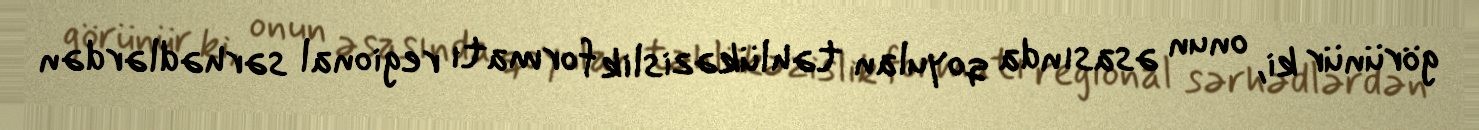
görünür ki, onun əsasında qoyulan təhlükəzislik formatı regional sərhədlərdən